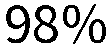
98%